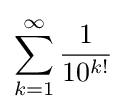
\sum _{k=1}^{\infty }{\frac {1}{10^{k!}}}